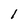
Character: l